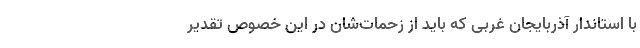
با استاندار آذربایجان غربی که باید از زحمات‌شان در این خصوص تقدیر